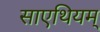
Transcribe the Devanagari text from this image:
साएथियम्‌